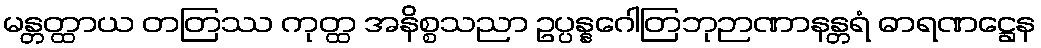
မန္တတ္ထာယ တတြဿ ကုတ္ထ အနိစ္စသညာ ဥပ္ပန္နဂေါတြဘုဉာဏာနန္တရံ ဓာရဏဋ္ဌေန